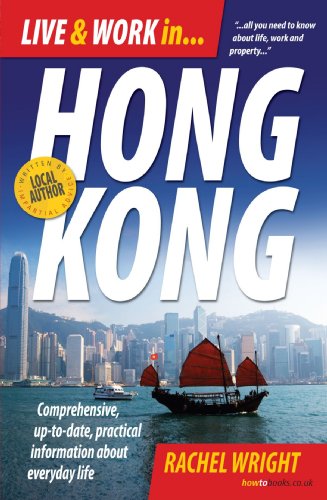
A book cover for Live and Work in Hong Kong: Comprehensive, Up-to-date, Practical Information About Everday Life; Rachel Wright; Travel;